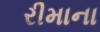
રીમાના